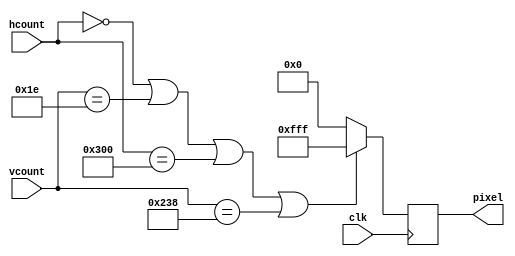
`timescale 1ns / 1ps
//////////////////////////////////////////////////////////////////////////////////
// Company: 
// Engineer: 
// 
// Design Name: 
// Module Name: draw_board
// Project Name: 
// Target Devices: 
// Tool Versions: 
// Description: 
// 
// Dependencies: 
// 
// Revision:
// Revision 0.01 - File Created
// Additional Comments:
// 
//////////////////////////////////////////////////////////////////////////////////


module draw_board(
     clk,
     hcount,
     vcount,
     pixel
    );
    input clk;
    input [10:0] hcount;
    input [9:0] vcount;
    output wire [11:0] pixel;
    
    reg [11:0]pixel_reg;
    assign pixel=pixel_reg;
    
    always @ (posedge clk)
    begin
        if ( hcount == 0 || vcount == 30 || hcount == 768 || vcount == 568 )
            pixel_reg <= 12'hFFF;
        else
            pixel_reg <= 12'b0;
    end
    
    
endmodule